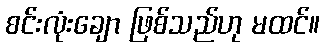
စင်းလုံးချော ဖြစ်သည်ဟု မထင်။